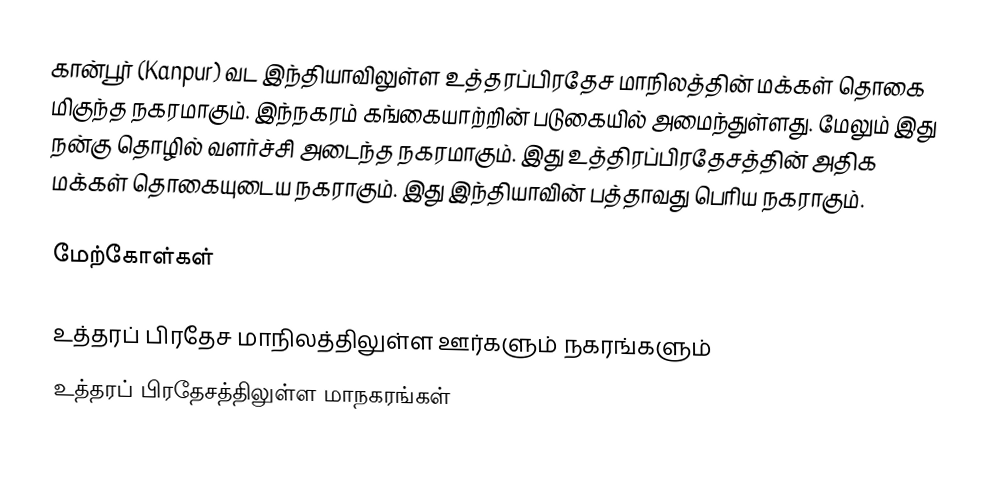
கான்பூர் (Kanpur) வட இந்தியாவிலுள்ள உத்தரப்பிரதேச மாநிலத்தின் மக்கள் தொகை மிகுந்த நகரமாகும். இந்நகரம் கங்கையாற்றின் படுகையில் அமைந்துள்ளது. மேலும் இது நன்கு தொழில் வளர்ச்சி அடைந்த நகரமாகும். இது உத்திரப்பிரதேசத்தின் அதிக மக்கள் தொகையுடைய நகராகும். இது இந்தியாவின் பத்தாவது பெரிய நகராகும்.

மேற்கோள்கள்

உத்தரப் பிரதேச மாநிலத்திலுள்ள ஊர்களும் நகரங்களும்
உத்தரப் பிரதேசத்திலுள்ள மாநகரங்கள்